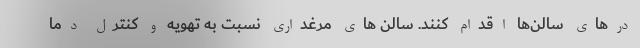
درهای سالن‌ها اقدام کنند. سالن های مرغداری نسبت به تهویه و کنترل دما